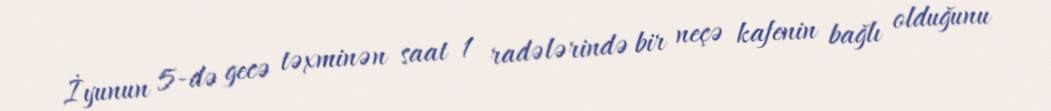
İyunun 5-də gecə təxminən saat 1 radələrində bir neçə kafenin bağlı olduğunu